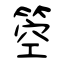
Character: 箜